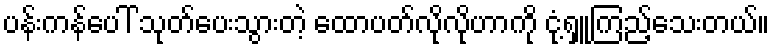
ပန်းကန်ပေါ် သုတ်ပေးသွားတဲ့ ထောပတ်လိုလိုဟာကို ငုံ့ရှူကြည့်သေးတယ်။